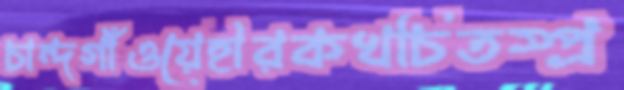
চান্দগাঁওয়েহীরকখচিতস্প্র